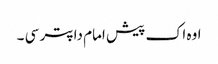
اوہ اک پیش امام دا پتر سی ۔